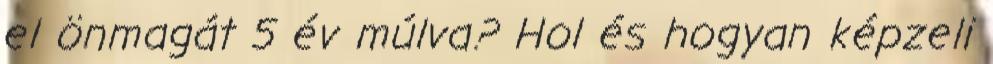
el önmagát 5 év múlva? Hol és hogyan képzeli